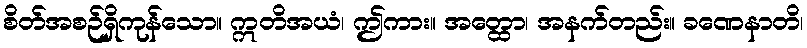
စိတ်အစဉ်ရှိကုန်သော။ ဣတိအယံ၊ ဤကား။ အတ္ထော၊ အနက်တည်း။ ခဏေနာတိ၊